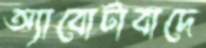
অ্যাবোটাবাদে